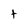
Character: t